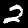
Digit: 2